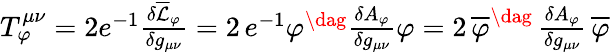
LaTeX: \begin{array}{r}{T_{\varphi}^{\mu\nu}=2e^{-1}\frac{\delta\overline{{\mathcal{L}}}_{\varphi}}{\delta g_{\mu\nu}}=2\, e^{-1}\varphi^{\dag}\frac{\delta A_{\varphi}}{\delta g_{\mu\nu}}\varphi=2\, \overline{{\varphi}}^{\dag}\, \frac{\delta A_{\varphi}}{\delta g_{\mu\nu}}\, \overline{{\varphi}}}\end{array}